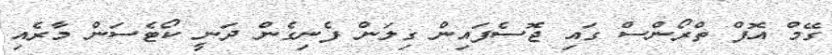
ގޭމް އޮފް ތްރޯންސް ގައި ޖޮސެފައިން ގިލަން ފެނިގެން ދަނީ ކޯޓެސަން މާރެއި